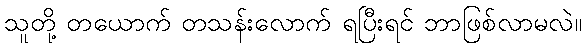
သူတို့ တယောက် တသန်းလောက် ရပြီးရင် ဘာဖြစ်လာမလဲ။